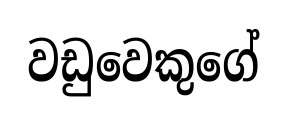
වඩුවෙකුගේ